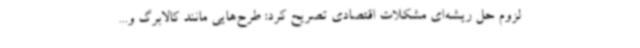
لزوم حل ریشه‌ای مشکلات اقتصادی تصریح کرد: طرح‌هایی مانند کالابرگ و...